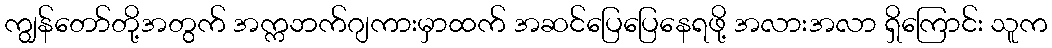
ကျွန်တော်တို့အတွက် အက္ကဘက်ဂျကားမှာထက် အဆင်ပြေပြေနေရဖို့ အလားအလာ ရှိကြောင်း သူက